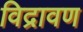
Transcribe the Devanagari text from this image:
विद्रावण